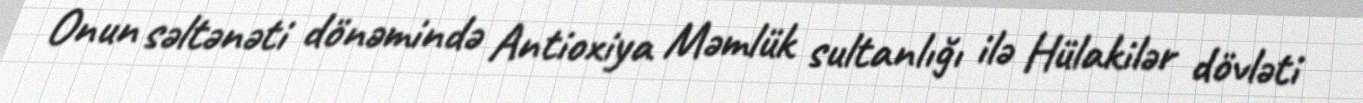
Onun səltənəti dönəmində Antioxiya Məmlük sultanlığı ilə Hülakilər dövləti